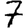
Digit: 7